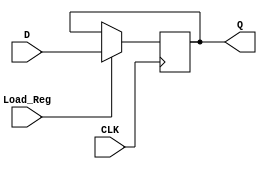
`timescale 1ns / 1ps
//////////////////////////////////////////////////////////////////////////////////
// Company: 
// Engineer: 
// 
// Design Name: 
// Module Name: Register
// Project Name: 
// Target Devices: 
// Tool Versions: 
// Description: 
// 
// Dependencies: 
// 
// Revision:
// Revision 0.01 - File Created
// Additional Comments:
// 
//////////////////////////////////////////////////////////////////////////////////


module Register #(parameter Data_width = 32)(
    input [Data_width - 1:0] D,
    input Load_Reg,
    input CLK,
    output reg [Data_width - 1:0] Q
    );
    always @(posedge CLK)
        begin
            if(Load_Reg)
                Q <= D;
        end
endmodule